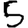
Digit: 5